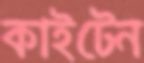
কাইটেন